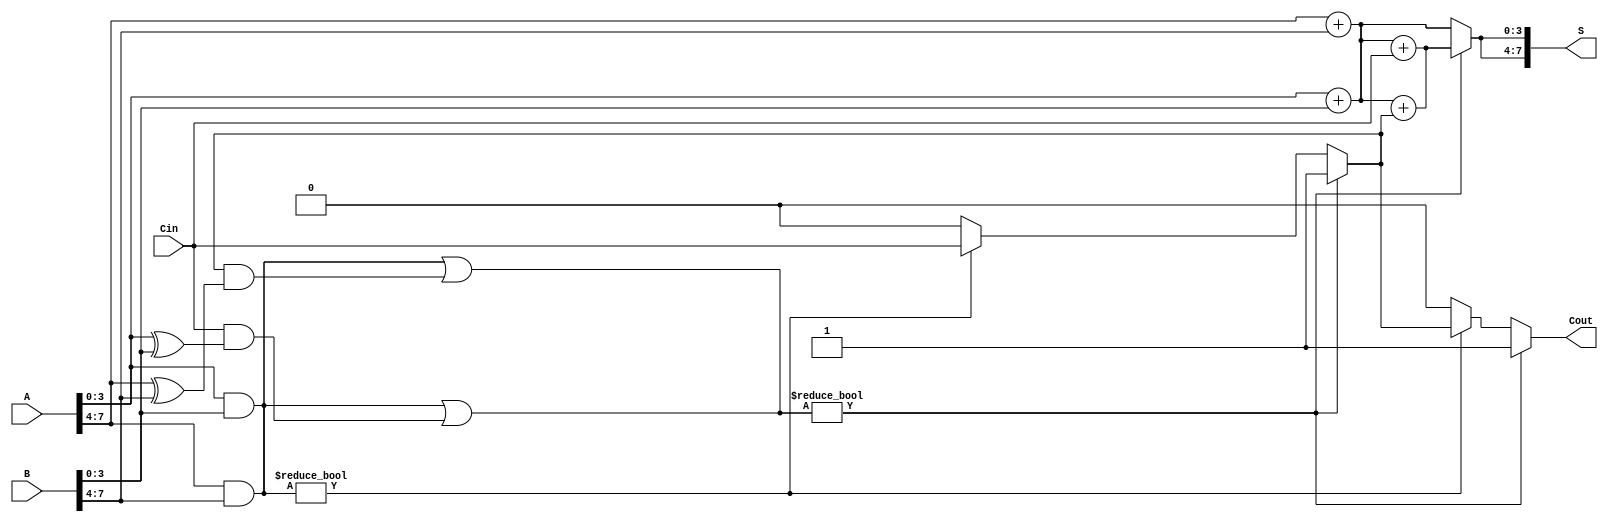
module ConditionalSumAdder #(parameter N = 8, parameter BLOCK_SIZE = 4) (
    input  [N-1:0] A,      // First n-bit input
    input  [N-1:0] B,      // Second n-bit input
    input         Cin,      // Carry input
    output [N-1:0] S,      // Sum output
    output        Cout      // Carry output
);

    // Internal variables for blocks
    wire [BLOCK_SIZE-1:0] S1, S0;
    wire [BLOCK_SIZE-1:0] C1, C0;
    wire [N/BLOCK_SIZE:0] carry; // Array for carries between blocks

    // Generate carries and sums for each block
    genvar i;
    generate
        for (i = 0; i < N/BLOCK_SIZE; i = i + 1) begin: block
            wire [BLOCK_SIZE-1:0] A_block = A[i*BLOCK_SIZE +: BLOCK_SIZE];
            wire [BLOCK_SIZE-1:0] B_block = B[i*BLOCK_SIZE +: BLOCK_SIZE];
            wire carry_in = (i == 0) ? Cin : carry[i - 1];

            // Compute sums with and without carry-in
            assign S1 = A_block + B_block + carry_in;               // Sum with carry-in
            assign S0 = A_block + B_block;                          // Sum without carry-in
            
            // Compute carries for the block
            assign C1 = (A_block & B_block) | (carry_in & (A_block ^ B_block)); // Carry-out with carry-in
            assign C0 = A_block & B_block;                          // Carry-out without carry-in
            
            // Select the sum and carry for the next block
            assign S[i*BLOCK_SIZE +: BLOCK_SIZE] = (C1) ? S1 : S0;
            assign carry[i] = (C1) ? 1'b1 : (C0) ? carry_in : 1'b0; // Carry for next block
        end
    endgenerate

    // Final carry-out
    assign Cout = carry[N/BLOCK_SIZE - 1];

endmodule